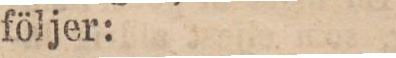
följer: